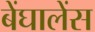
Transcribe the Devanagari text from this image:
बेंघालेंस